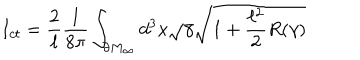
LaTeX: I _ { c t } = \frac { 2 } { \ell } \frac { 1 } { 8 \pi } \int _ { \partial M _ { \infty } } d ^ { 3 } x \sqrt { \gamma } \sqrt { 1 + \frac { \ell ^ { 2 } } { 2 } R ( \gamma ) }